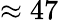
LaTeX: \approx 47